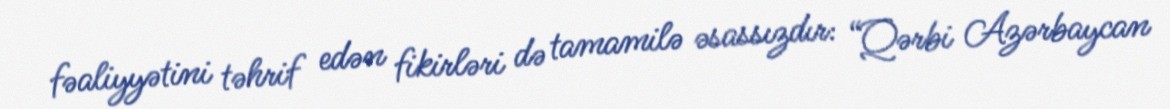
fəaliyyətini təhrif edən fikirləri də tamamilə əsassızdır: “Qərbi Azərbaycan